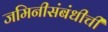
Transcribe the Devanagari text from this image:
जमिनीसंबंधीची